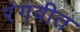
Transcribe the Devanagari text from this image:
रंगवीत